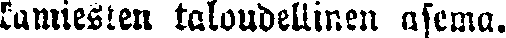
kamiesten taloudellinen asema.